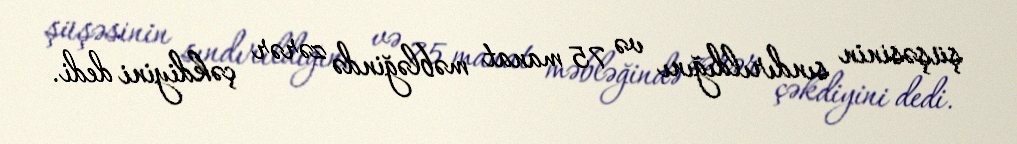
şüşəsinin sındırıldığını və 75 manat məbləğində zərər çəkdiyini dedi.